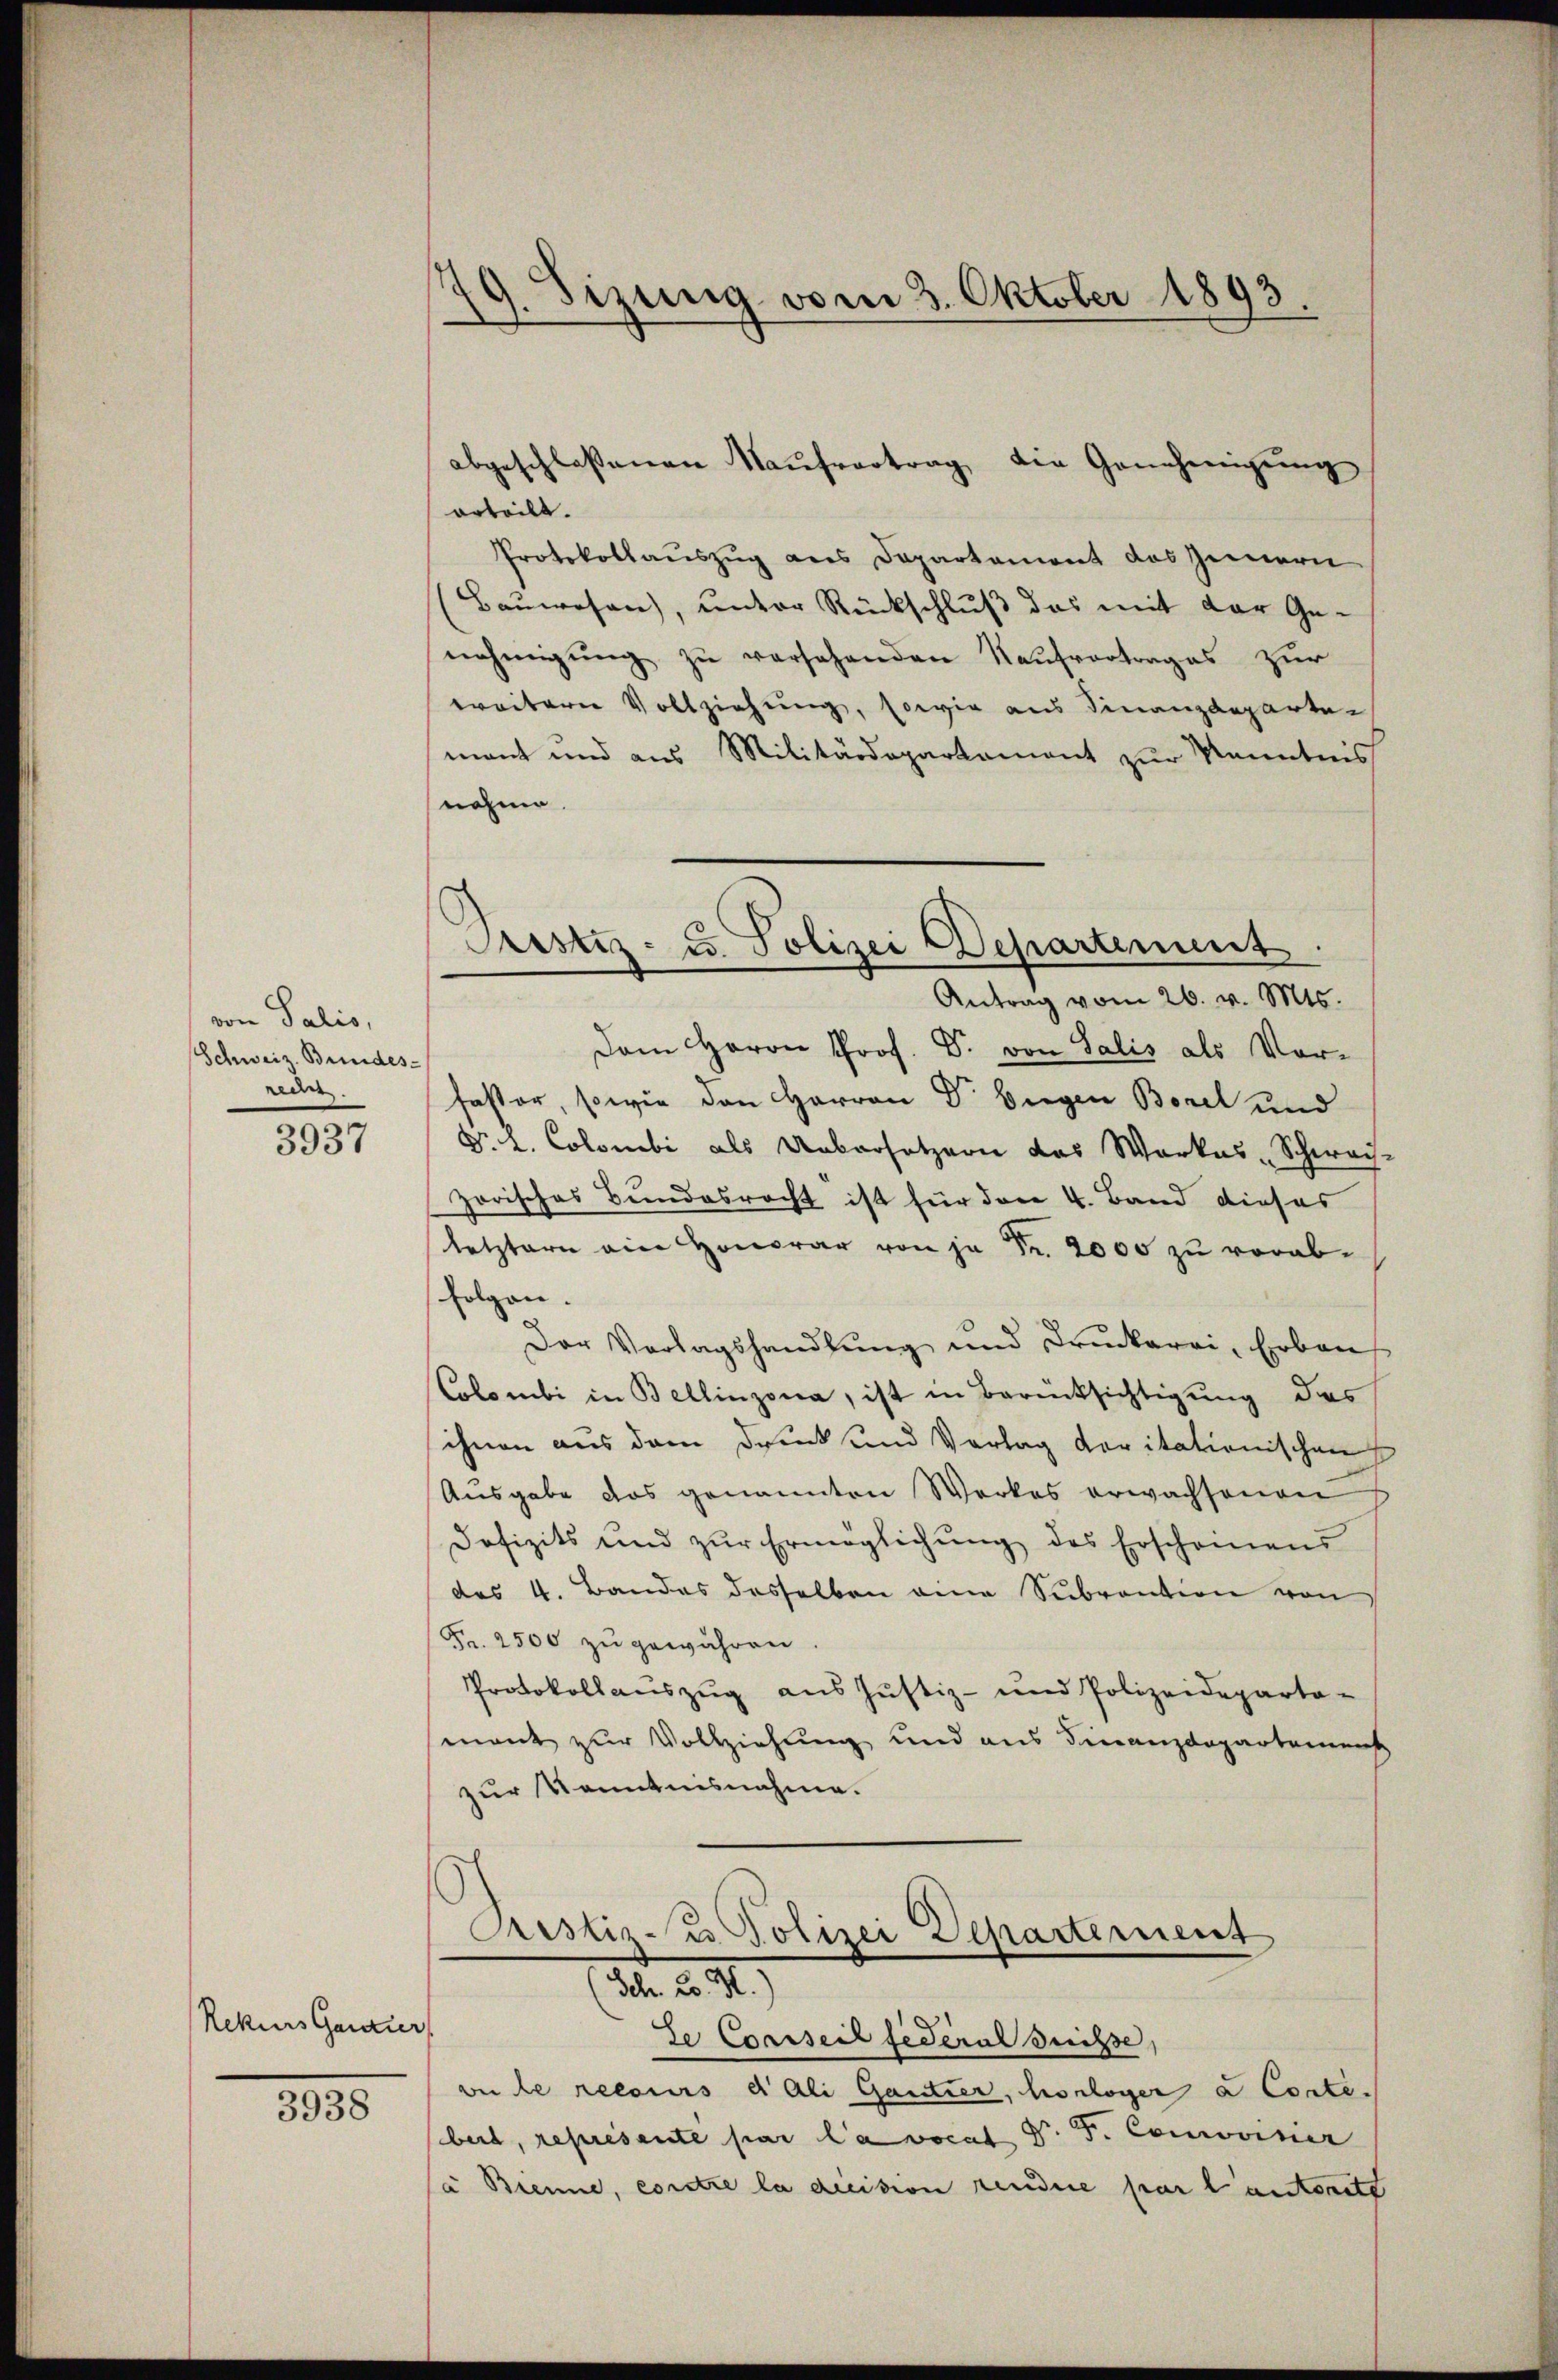
von Salis,
Schweiz. Bundes-
rede

3937

Rekurs Ganzer

3938

19. Sizung vom 3. Oktober 1893.

orteilt.
Protokollaŭszŭg ans Departament das Zimern
(Baŭwesen, ŭnter Rückschlŭβ das mit der Ge-
nehmigŭng zŭ versehenden Kaŭfvertrages zur
weitern Vollziehung, sowie aus Finanzdeparten
mant und aus Militärdepartement zur Kenntnis
nohme.
Dem Herrn Prof. Dr. von Salis als Vor-
faster, sowie den Herren Dr. Siegen Borel und
Dr. L. Colombi als Uebersetzern das Warkas-Schwach
zorisches Bundesrecht ist für den 4. Band dieses
letztern ein Honorar von je Fr. 2000 zu vorabfolgen.
Der Vorlagshandlŭng und Druckerei, Erben
Colombi in Bellinzona, ist in Berücksichtigung das
ihnen aus dem Druck und Vorlag voritationischen
Ausgabe das genannten Werkes erwachsenen
Dofizits und zŭr Ermöglichŭng des Erscheinens
des 4. Bandes desselben eine Subvention von
Fr. 2500 zŭ gewähren.
Protokollauszug aus Justiz- und Polizeideparta-
mant zur Vollziehung und aus Finanzdepartement
zur Kenntnisnahme.

abgeschlossenen Kaŭfvertrag die Genehmigŭng

Prestiz- u. Polizei Departement
Antrag vom 26. v. Mts.

Pristiz - Polizei Departement
(Sch. 2. M.

de Coarseit jederal Sechse,
vie le recours dali Gantier, hologer a Corte.
berd, représente par la vocat Dr. G. Comminer
à Brenne, contre la decision rendere par l’autorit